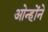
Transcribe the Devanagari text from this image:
ओन्होंने